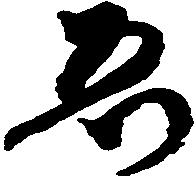
ゑ